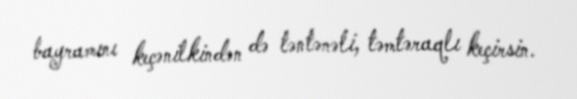
bayramını keçənilkindən də təntənəli, təmtəraqlı keçirsin.